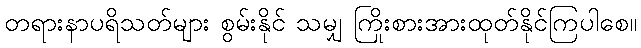
တရားနာပရိသတ်များ စွမ်းနိုင် သမျှ ကြိုးစားအားထုတ်နိုင်ကြပါစေ။